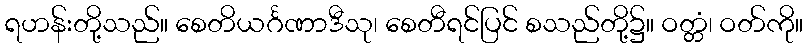
ရဟန်းတို့သည်။ စေတိယင်္ဂဏာဒီသု၊ စေတီရင်ပြင် စသည်တို့၌။ ဝတ္တံ၊ ဝတ်ကို။